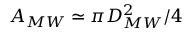
A _ { M W } \simeq \pi D _ { M W } ^ { 2 } / 4